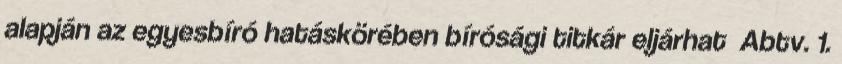
alapján az egyesbíró hatáskörében bírósági titkár eljárhat Abtv. 1.